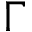
\Gamma